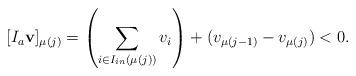
LaTeX: \begin{align*} [I_a \mathbf{v} ]_{\mu(j)} = \left( \sum_{i \in I_{in}(\mu(j))} v_i \right) + (v_{\mu(j-1)} - v_{\mu(j)}) < 0.\end{align*}